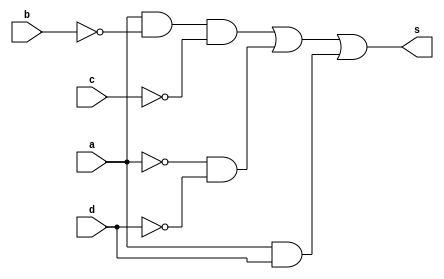
 // -------------------------------
// Guia 08_02 
// Nome: Ludmily Caldeira da Silva
// --------------------------------

module exercicio2 (s, a, b, c, d);

output s;
input a, b, c, d;
wire temp[0:2];

and AND1 (temp[0], a, ~b, ~c);
and AND2 (temp[1], ~a, ~d);
and AND3 (temp[2], a, d);
or OR1 (s, temp[0], temp[1], temp[2]);

endmodule //

module testexercicio2;  

wire s;
reg a, b, c, d;

exercicio2 exercicio2 (s, a, b, c, d);

 initial begin
      $display("\nguia08_02 - Ludmily Caldeira da Silva - 417290\n");
      $display("TESTE\n");
      $display("\na   b   c    d    s\n");
      $monitor("%b   %b   %b    %b    %b", a, b, c, d, s);
		
		  a=0; b=0; c=0; d=0;
    #1  a=0; b=0; c=0; d=1;
    #1  a=0; b=0; c=1; d=0;
    #1  a=0; b=0; c=1; d=1;
	 #1  a=0; b=1; c=0; d=0;
    #1  a=0; b=1; c=0; d=1;
    #1  a=0; b=1; c=1; d=0;
    #1  a=0; b=1; c=1; d=1;
    #1  a=1; b=0; c=0; d=0;
    #1  a=1; b=0; c=0; d=1;
    #1  a=1; b=0; c=1; d=0;
	 #1  a=1; b=0; c=1; d=1;
    #1  a=1; b=1; c=0; d=0;
    #1  a=1; b=1; c=0; d=1;
    #1  a=1; b=1; c=1; d=0;
    #1  a=1; b=1; c=1; d=1;  
	    		  
    end
 
endmodule // TestMeiaSoma

/*

RESULTADOS OBTIDOS

    guia08_02 - Ludmily Caldeira da Silva - 417290
    
    TESTE
    
    
    a   b   c    d    s
    
    0   0   0    0    1
    0   0   0    1    0
    0   0   1    0    1
    0   0   1    1    0
    0   1   0    0    1
    0   1   0    1    0
    0   1   1    0    1
    0   1   1    1    0
    1   0   0    0    1
    1   0   0    1    1
    1   0   1    0    0
    1   0   1    1    1
    1   1   0    0    0
    1   1   0    1    1
    1   1   1    0    0
    1   1   1    1    1
*/